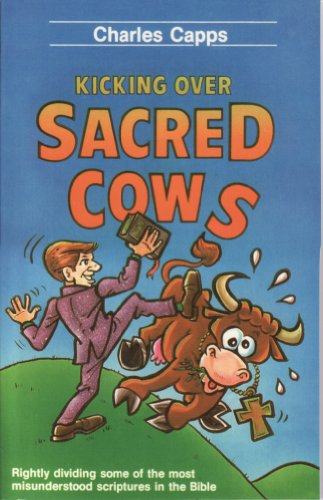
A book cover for Kicking over Sacred Cows; Charles Capps; Religion & Spirituality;